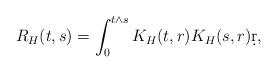
LaTeX: \begin{align*} R_H(t,s)=\int_0^{t\wedge s}K_H(t,r)K_H(s,r)\d r,\end{align*}